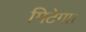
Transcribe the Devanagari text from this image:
मिटेगा।